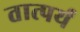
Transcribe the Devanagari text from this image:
तात्पर्यं